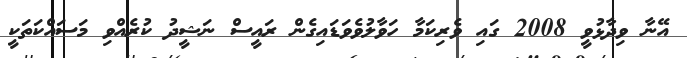
އޭނާ ވިދާޅުވީ 2008 ގައި ވެރިކަމާ ހަވާލުވެވަޑައިގެން ރައީސް ނަޝީދު ކުރެއްވި މަސައްކަތަކީ